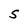
Character: S